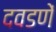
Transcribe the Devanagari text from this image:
दवडणें